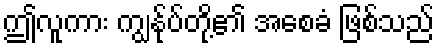
ဤလူကား ကျွန်ုပ်တို့၏ အစေခံ ဖြစ်သည်